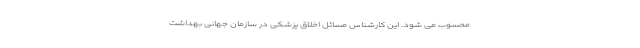
محسوب می شود. این کارشناس مسائل اخلاق پزشکی در سازمان جهانی بهداشت